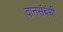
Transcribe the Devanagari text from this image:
दानसंबंधी